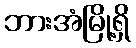
ဘားအံမြို့ရှိ